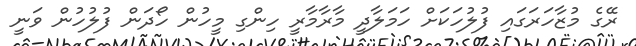
ރޭގެ މުޒާހަރަގައި ފުލުހަކަށް ހަމަލާދީ މާރާމާރީ ހިންގި މީހުން ހޯދަން ފުލުހުން ވަނީ